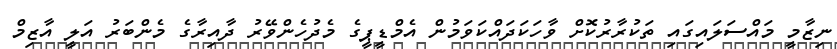
ނިޒާމީ މައްސަލައިގައި ތަކުރާރުކޮށް ވާހަކަދައްކަވަމުން އެމްޑީޕީގެ މެދުހެންވޭރު ދާއިރާގެ މެންބަރު އަލީ އާޒިމް